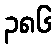
၃၈၆